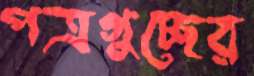
পত্রগুচ্ছের